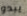
يبدو